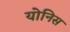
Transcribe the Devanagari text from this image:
योनिस